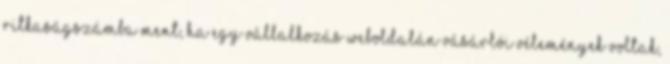
ritkaságszámba ment, ha egy vállalkozás weboldalán vásárlói vélemények voltak,